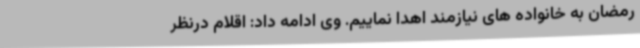
رمضان به خانواده های نیازمند اهدا نماییم. وی ادامه داد: اقلام درنظر